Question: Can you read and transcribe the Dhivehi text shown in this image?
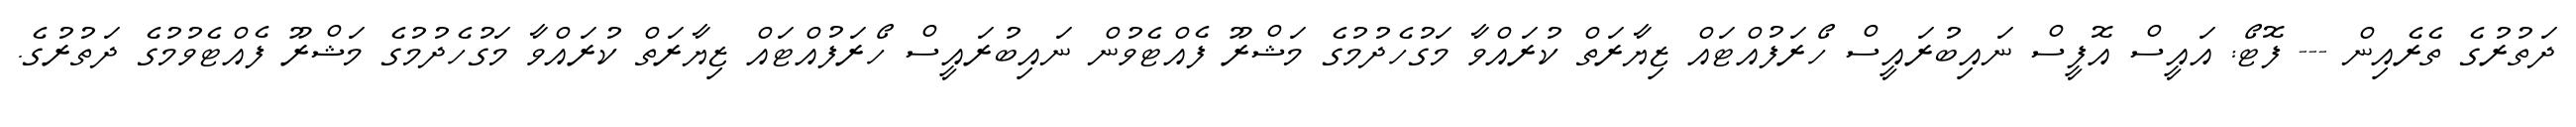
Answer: ދަތުރުގެ ތެރެއިން --- ފޮޓޯ: އައީސް އޮފީސް ނައިބުރައީސް ހޯރަފުއްޓައް ޒިޔާރަތް ކުރައްވާ މަގުހެދުމުގެ މަޝްރޫ ފެއްޓެވުން ނައިބުރައީސް ހޯރަފުއްޓައް ޒިޔާރަތް ކުރައްވާ މަގުހެދުމުގެ މަޝްރޫ ފެއްޓެވުމުގެ ދަތުރުގެ.